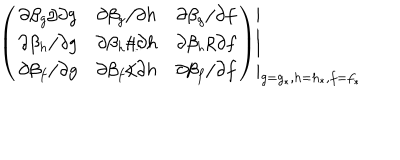
\left. \left( \begin{array} { c c c } { { \partial \beta _ { g } / \partial g } } & { { \partial \beta _ { g } / \partial h } } & { { \partial \beta _ { g } / \partial f } } \\ { { \partial \beta _ { h } / \partial g } } & { { \partial \beta _ { h } / \partial h } } & { { \partial \beta _ { h } / \partial f } } \\ { { \partial \beta _ { f } / \partial g } } & { { \partial \beta _ { f } / \partial h } } & { { \partial \beta _ { f } / \partial f } } \\ \end{array} \right) \right| _ { g = g _ { \ast } , h = h _ { \ast } , f = f _ { \ast } }